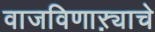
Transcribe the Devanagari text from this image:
वाजविणाऱ्याचे